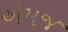
એમજ